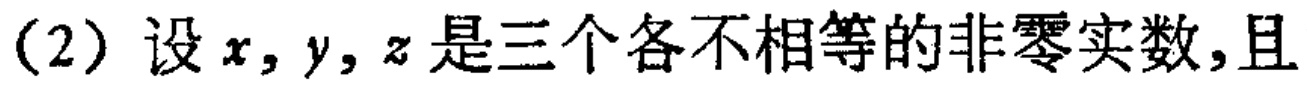
(2) 设 \(x,y,z\) 是三个各不相等的非零实数,且